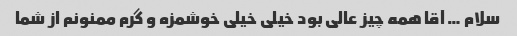
سلام … آقا همه چیز عالی بود خیلی خیلی خوشمزه و گرم ممنونم از شما